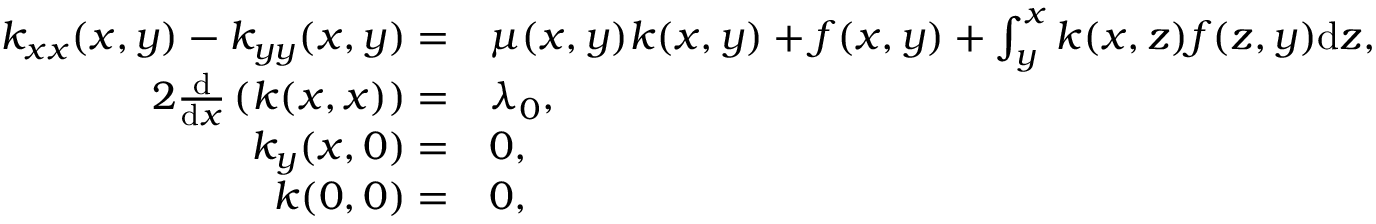
\begin{array} { r l } { k _ { x x } ( x , y ) - k _ { y y } ( x , y ) = } & { { \mu ( x , y ) } k ( x , y ) + f ( x , y ) + \int _ { y } ^ { x } k ( x , z ) f ( z , y ) \mathrm { d } z , } \\ { 2 \frac { \mathrm { d } } { \mathrm { d } x } \left( k ( x , x ) \right) = } & { { \lambda _ { 0 } } , } \\ { k _ { y } ( x , 0 ) = } & { 0 , } \\ { k ( 0 , 0 ) = } & { 0 , } \end{array}